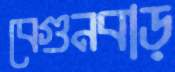
বেগুনবাড়